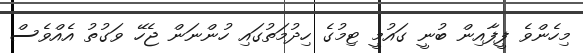
މިހެންވެ ފީފާއިން ބުނީ ގައުމީ ޓިމުގެ ހިދުމަތުގައި ހުންނަން ޖެހޭ ވަގުތު އެއްވެސް